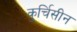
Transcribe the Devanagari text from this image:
कुर्चिसीन